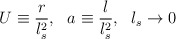
\begin{align*}U \equiv \frac{r}{l_s^2},\ \ a \equiv \frac{l}{l_s^2},\ \ l_s \rightarrow 0\end{align*}